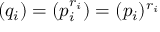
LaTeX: ( q _ { i } ) = ( p _ { i } ^ { r _ { i } } ) = ( p _ { i } ) ^ { r _ { i } }